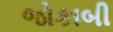
જોકાબી